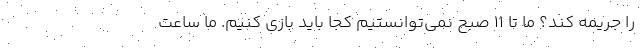
را جریمه کند؟ ما تا ۱۱ صبح نمی‌توانستیم کجا باید بازی کنیم. ما ساعت